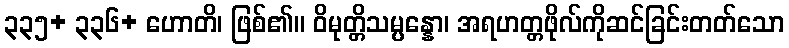
၃၃၅+ ၃၃၆+ ဟောတိ၊ ဖြစ်၏။ ဝိမုတ္တိသမ္ပန္နော၊ အရဟတ္တဖိုလ်ကိုဆင်ခြင်းတတ်သော